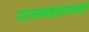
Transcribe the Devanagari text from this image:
राजमहालासाठी